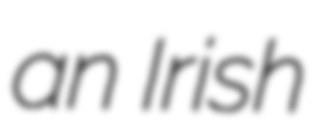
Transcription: an Irish